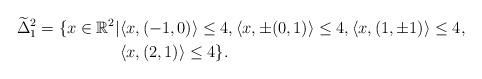
LaTeX: \begin{align*} \widetilde{\Delta}^2_1 =\{x\in\mathbb{R}^2|&\langle x,(-1,0)\rangle\leq4,\langle x,\pm(0,1)\rangle\leq4,\langle x,(1,\pm1)\rangle\leq4, \\&\langle x,(2,1)\rangle\leq4 \}.\end{align*}